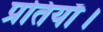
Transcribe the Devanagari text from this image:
प्रतियाँ।